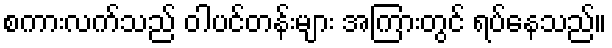
စကားလက်သည် ဝါပင်တန်းများ အကြားတွင် ရပ်နေသည်။